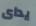
يداى